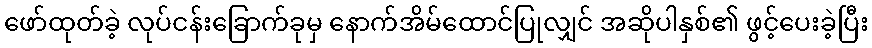
ဖော်ထုတ်ခဲ့ လုပ်ငန်းခြောက်ခုမှ နောက်အိမ်ထောင်ပြုလျှင် အဆိုပါနှစ်၏ ဖွင့်ပေးခဲ့ပြီး